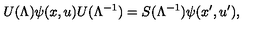
U ( \Lambda ) \psi ( x , u ) U ( \Lambda ^ { - 1 } ) = S ( \Lambda ^ { - 1 } ) \psi ( x ^ { \prime } , u ^ { \prime } ) ,